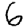
Digit: 6